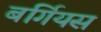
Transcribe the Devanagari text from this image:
बर्गियस